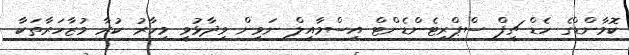
ކޮމާންޑްގެ ހެޑް ޗީފް ސްޕްރިޓެންޑެންޓް އިސްމާއީލް ނަވީން ވިދާޅުވީ މިހާރު ކުރާ މުޒާހަރާތަކާ